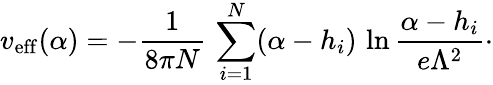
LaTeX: v_{\mathrm{eff}}(\alpha)=-{\frac{1}{8\pi N}}\, \sum_{i=1}^{N}(\alpha-h_{i})\, \ln{\frac{\alpha-h_{i}}{e\Lambda^{2}}}\cdotp